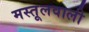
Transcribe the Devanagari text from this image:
मस्तूलवाली